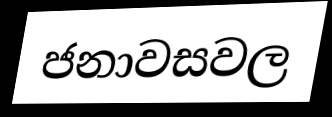
ජනාවසවල